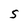
Character: S